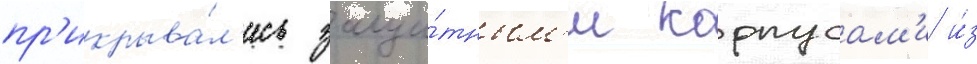
пр'икрыва́л'ись защи́тным'и корпусам'и и́з